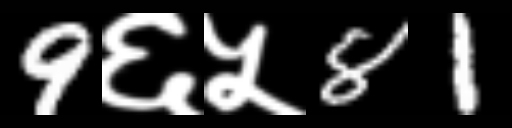
Text: 9६५81